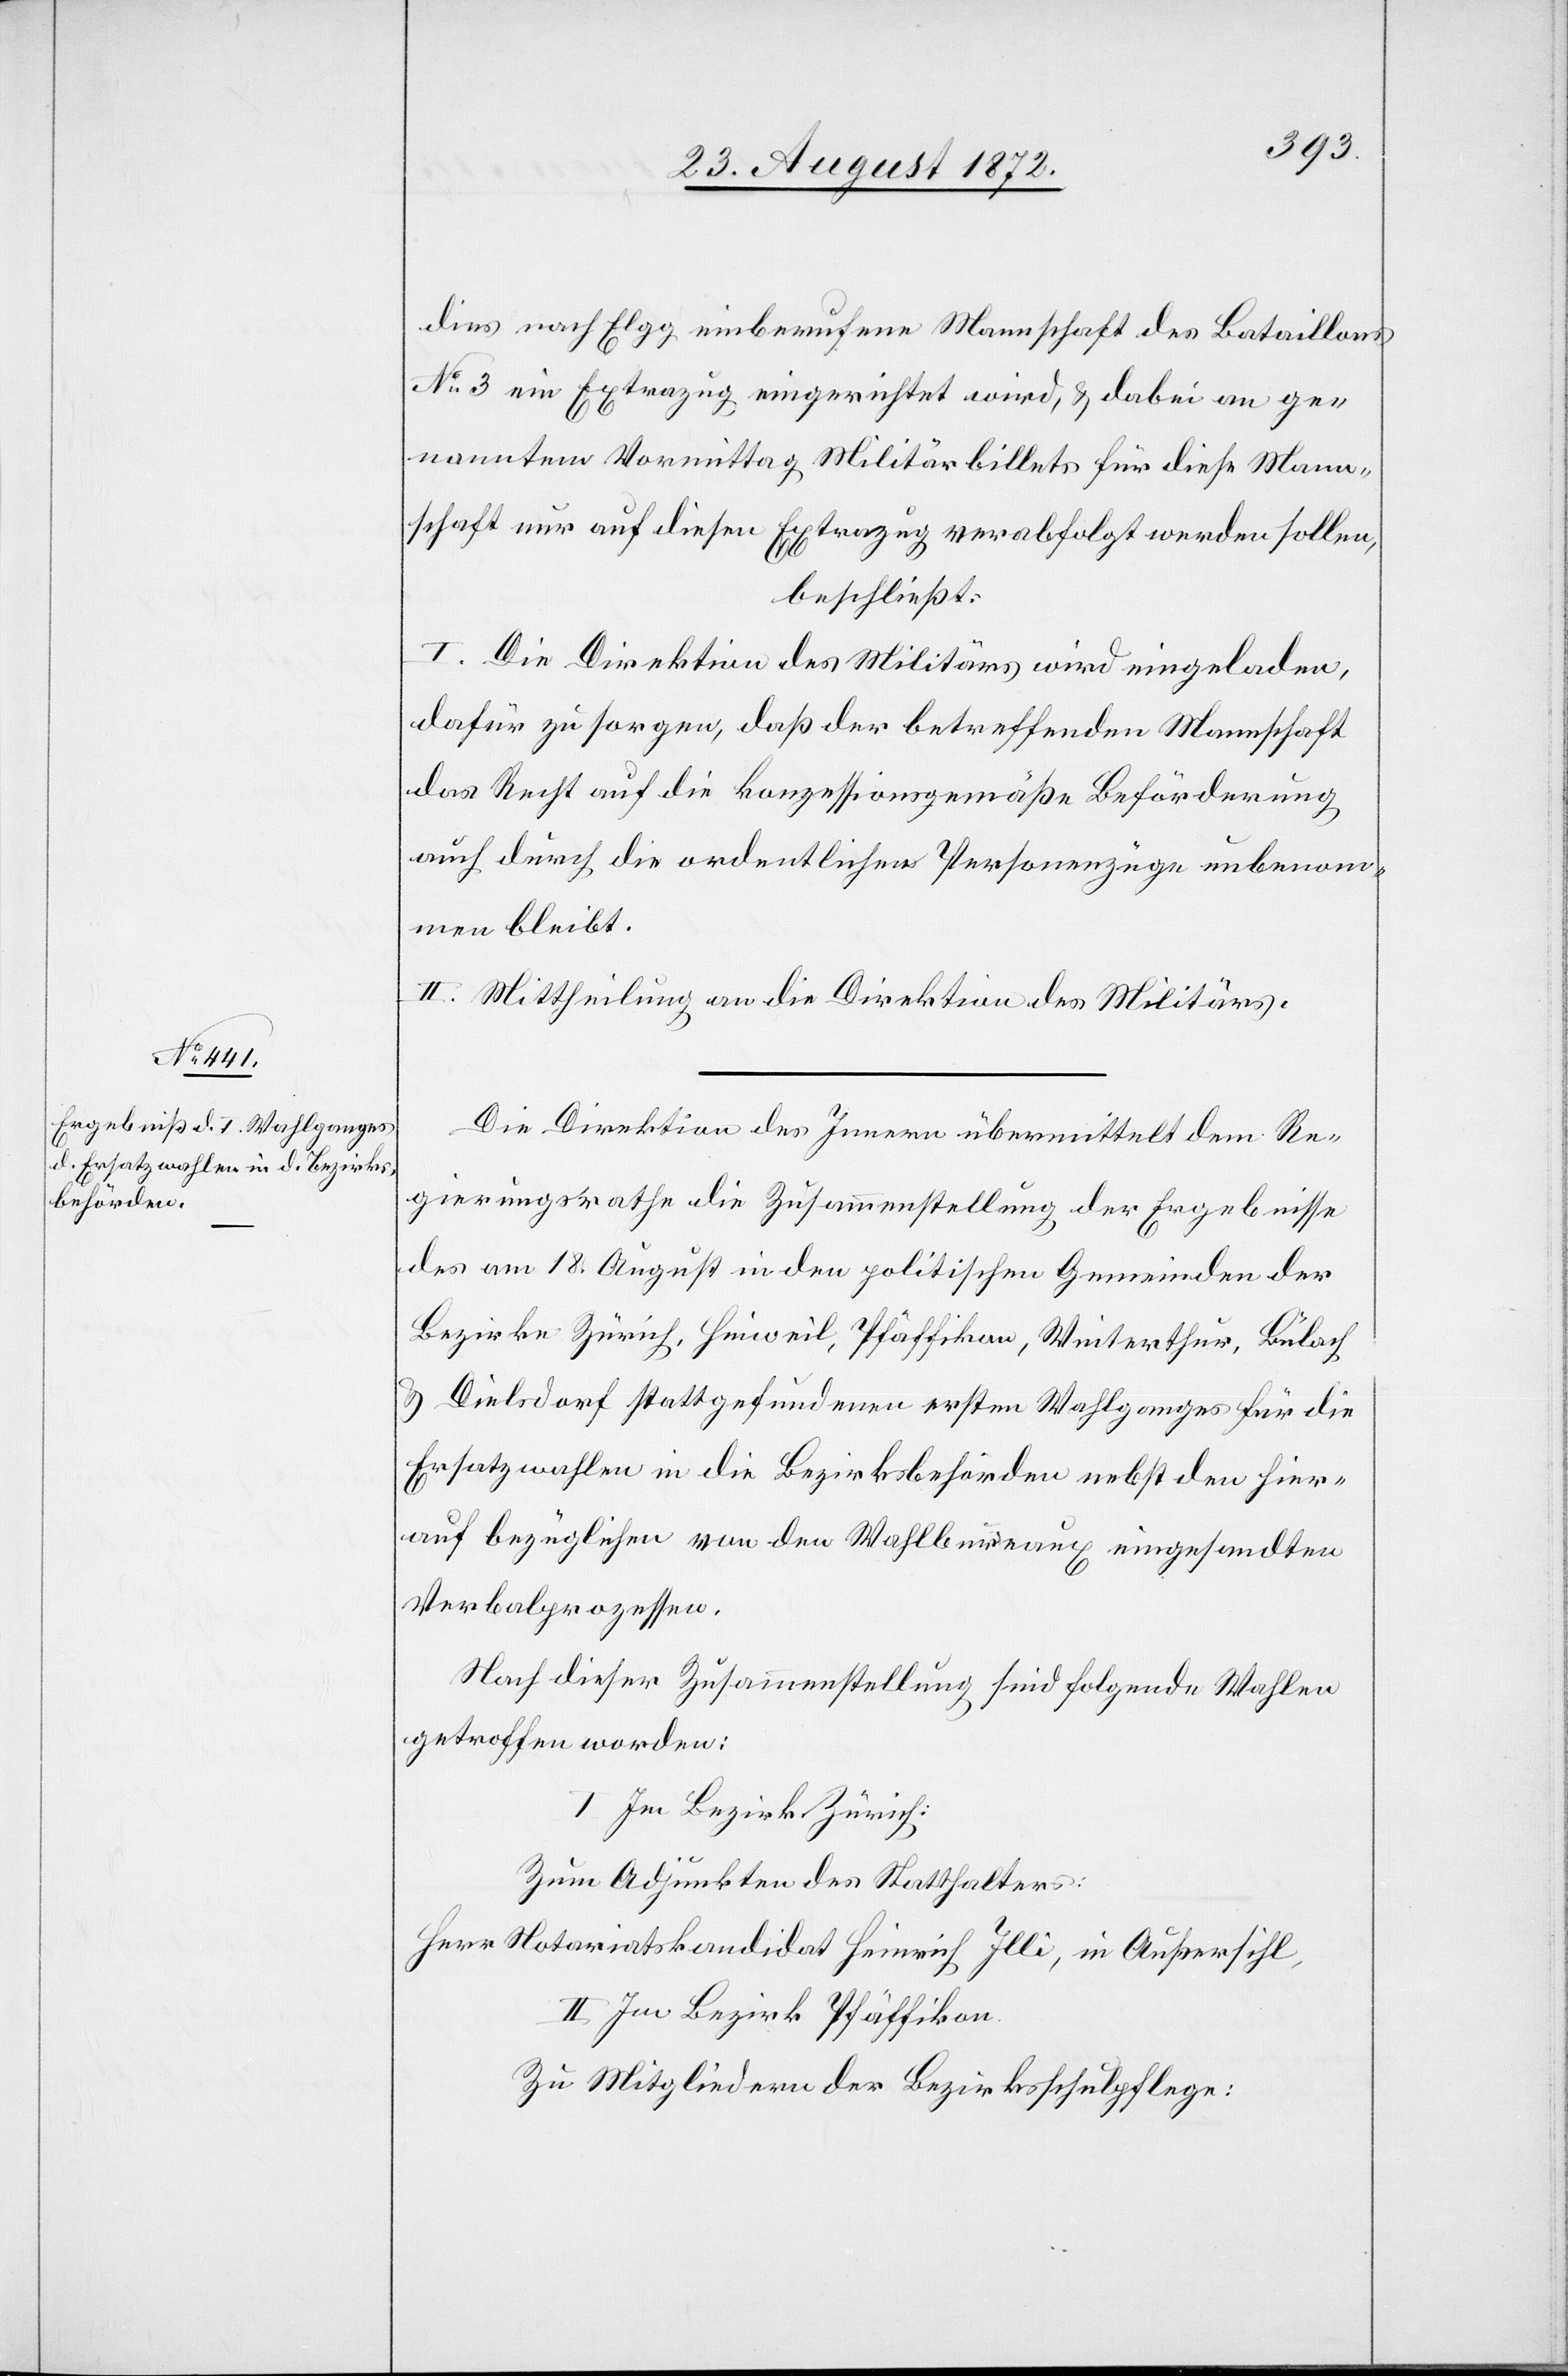
dies nach Elgg einberufene Mannschaft des Bataillons
No 3 ein Extrazug eingerichtet wird, u. dabei an ge¬
nanntem Vormittag Militärbillets für diese Mann¬
schaft nur auf diesen Extrazug verabfolgt werden sollen,
beschließt:
I. Die Direktion des Militärs wird eingeladen,
dafür zu sorgen, daß der betreffenden Mannschaft
das Recht auf die konzessionsgemäße Beförderung
auch durch die ordentlichen Personenzüge unbenom¬
men bleibt.
II. Mittheilung an die Direktion des Militärs.
Die Direktion des Innern übermittelt dem Re¬
gierungsrathe die Zusammenstellung der Ergebnisse
des am 18. August in den politischen Gemeinden der
Bezirke Zürich, Hinweil, Pfäffikon, Winterthur, Bülach
u. Dielsdorf stattgefundenen ersten Wahlganges für die
Ersatzwahlen in die Bezirksbehörden nebst den hier¬
auf bezüglichen von den Wahlbureaux eingesandten
Verbalprozessen.
Nach dieser Zusammenstellung sind folgende Wahlen
getroffen worden:
I. Im Bezirk Zürich:
Zum Adjunkten des Statthalters:
Herr Notariatskandidat Heinrich Illi, in Außersihl,
II. Im Bezirk Pfäffikon.
Zu Mitgliedern der Bezirksschulpflege: